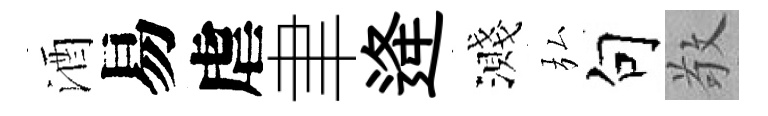
酒易虐聿逄濺弘句敬